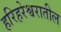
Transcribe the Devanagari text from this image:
हरिहरेश्वरातील